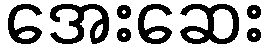
အေးဆေး